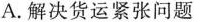
A.解决货运紧张问题